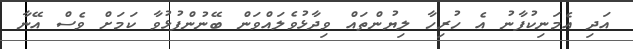
އަދި އެމަނިކުފާނު އެ ހުރިހާ ލިޔުންތައް ވިދާޅުވެލައްވަން ބޭނުންފުޅުވާ ކަމަށް ވެސް އޭނާ